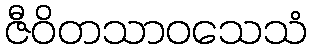
ဇီဝိတသာဝသေသံ